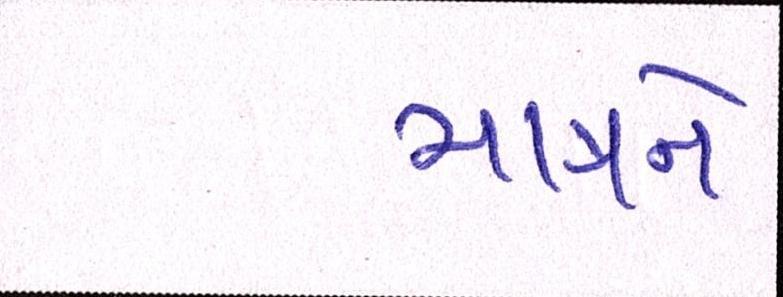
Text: માત્રને